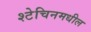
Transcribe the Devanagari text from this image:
श्टेचिनमधील